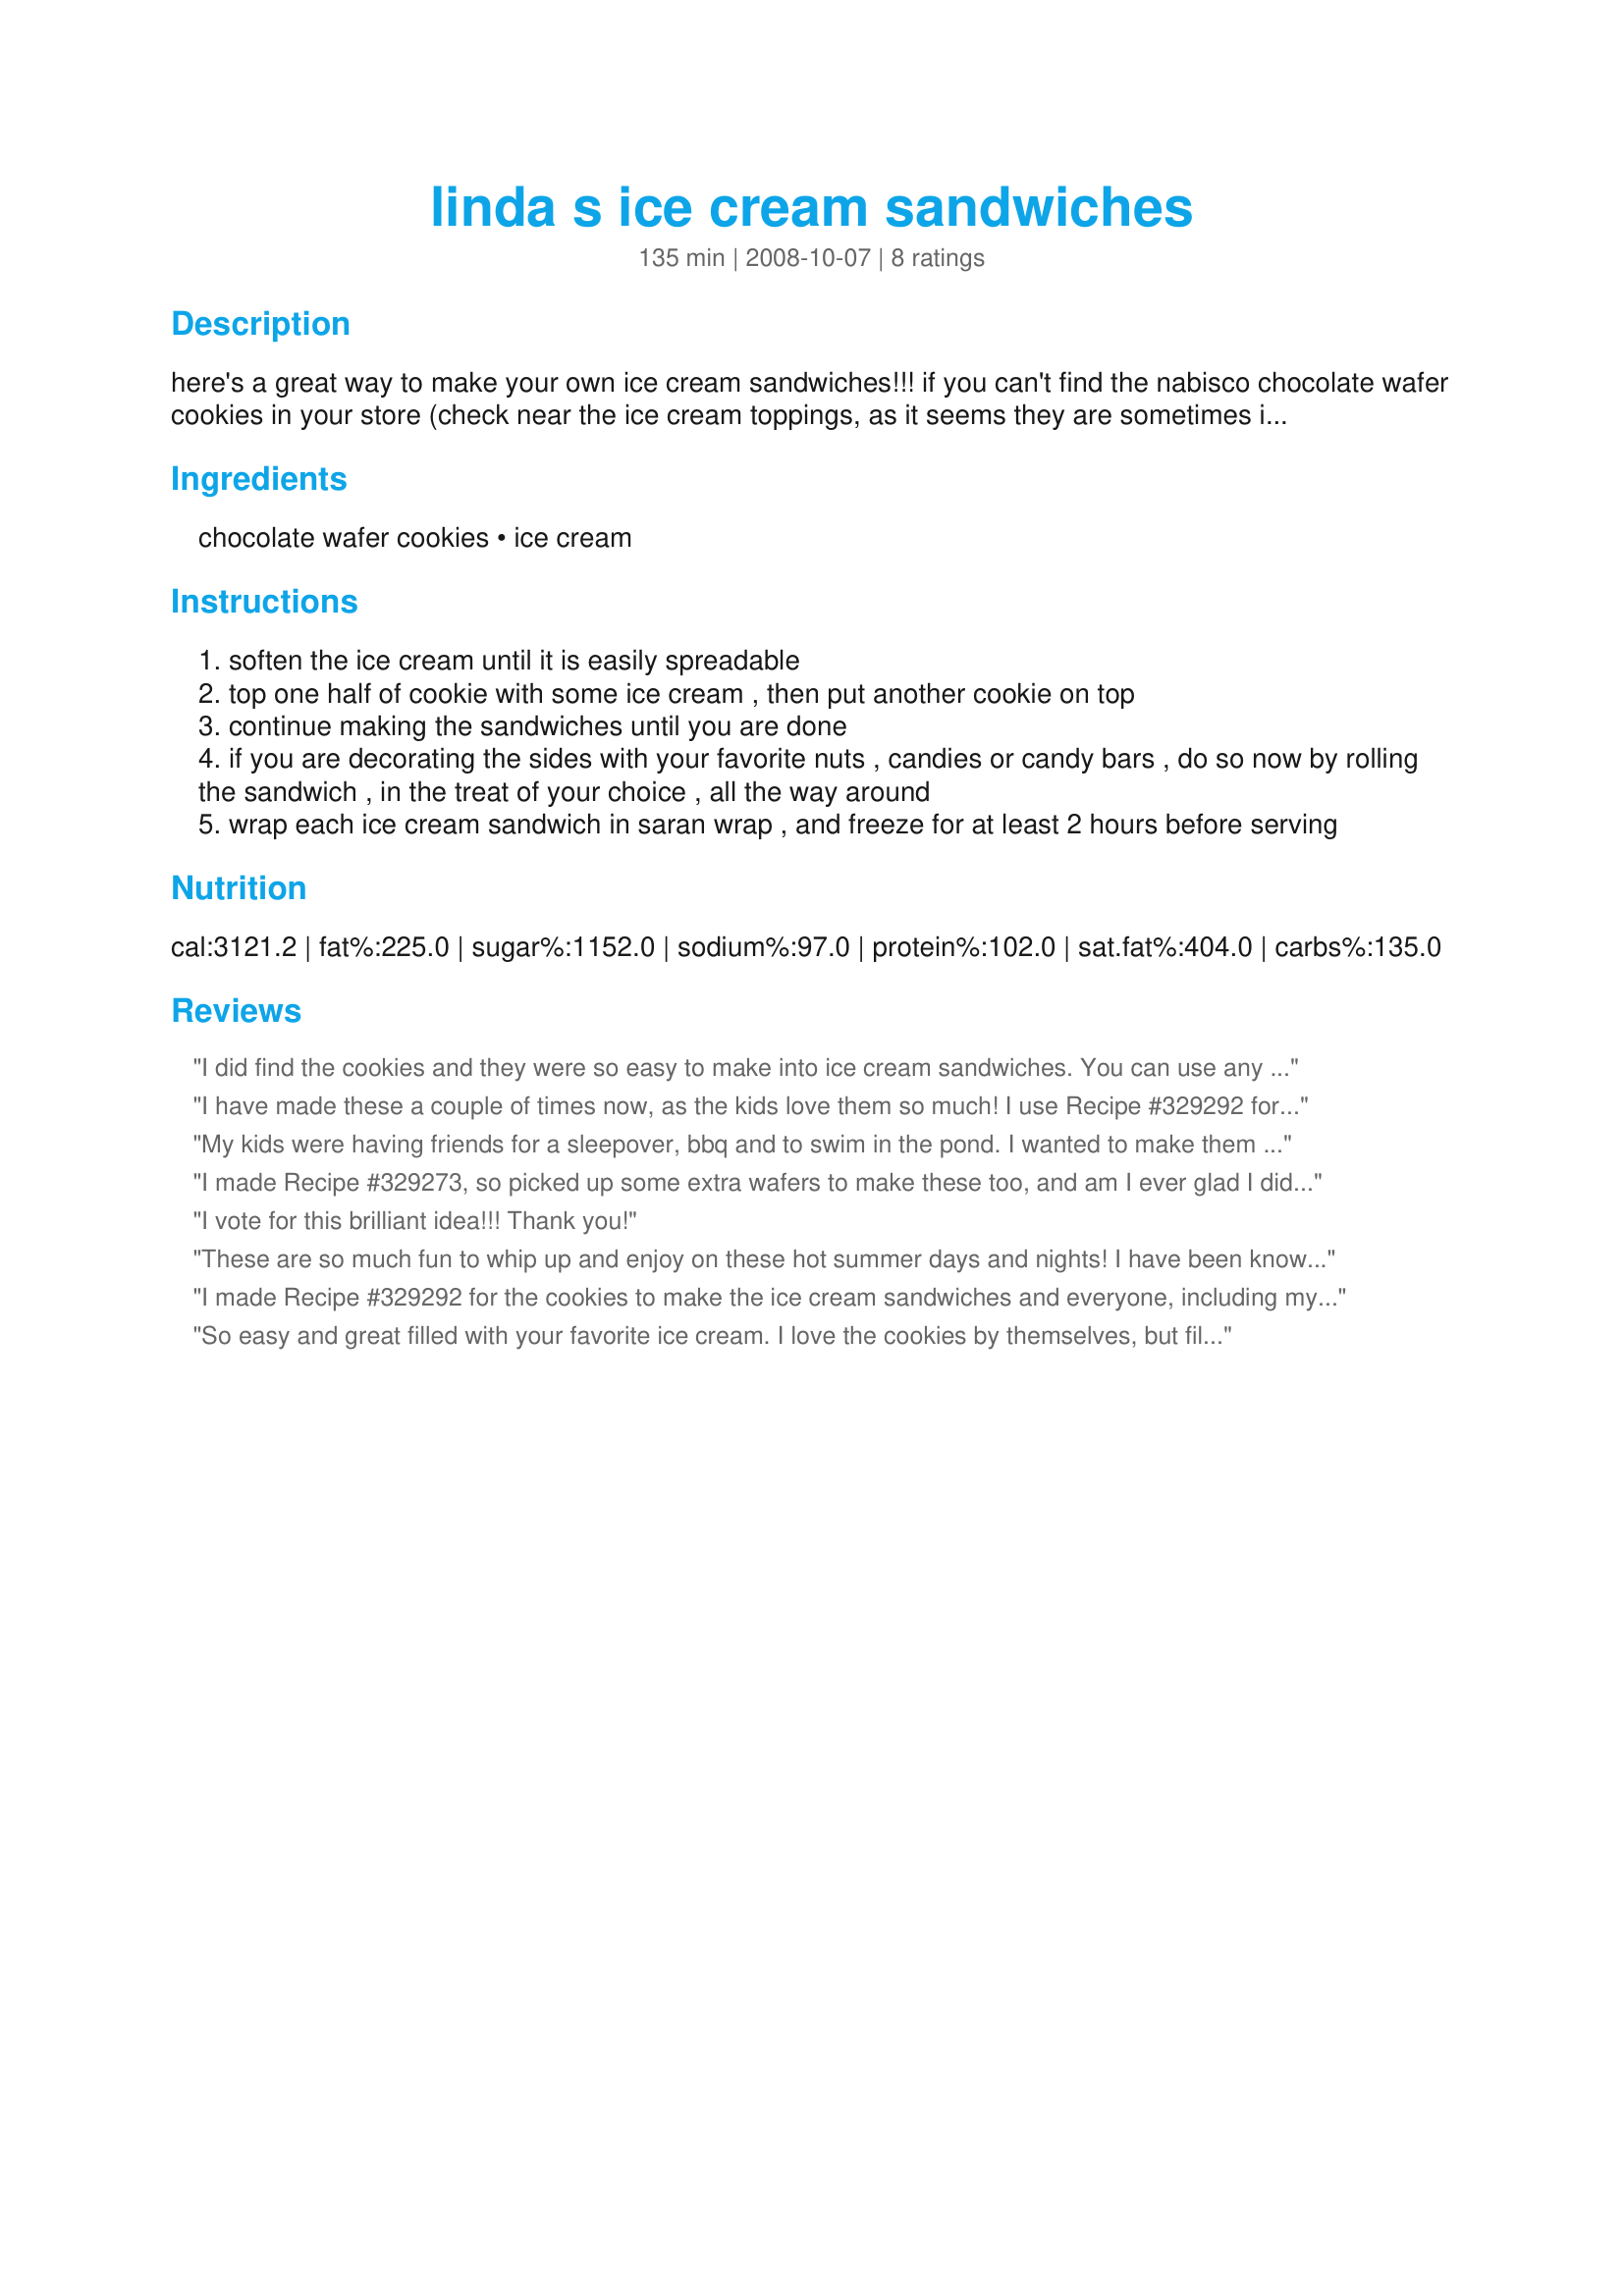
linda s ice cream sandwiches
Preparation time: 135 minutes

here's a great way to make your own ice cream sandwiches!!! if you can't find the nabisco chocolate wafer cookies in your store (check near the ice cream toppings, as it seems they are sometimes in an odd place in the store), you can use my recipe for recipe #329292, to make these yummy treats! the kids and "big kids" will be smiling ear to ear while having one of these! try rolling the finished sandwiches in mini chocolate chips, sprinkles, crushed nuts, m&m's, or your favorite candy bar, then freezing. you can also use these in making an ice cream sandwich cake for a special treat or birthday! note: preparation time does not include time to soften the ice cream. add on at least 1/2 hr. for that to your preparation time. cooking time is chilling time. make sure once you make these you let them sit in the freezer for at least 2 hours before serving, so the ice cream has a chance to harden.

Ingredients:
chocolate wafer cookies, ice cream

Steps:
soften the ice cream until it is easily spreadable
top one half of cookie with some ice cream , then put another cookie on top
continue making the sandwiches until you are done
if you are decorating the sides with your favorite nuts , candies or candy bars , do so now by rolling the sandwich , in the treat of your choice , all the way around
wrap each ice cream sandwich in saran wrap , and freeze for at least 2 hours before serving

Reviews:
I did find the cookies and they were so easy to make into ice cream sandwiches. You can use any flavor ice cream you like when you make these. I haven't found one flavor yet that I didn't like!
I have made these a couple of times now, as the kids love them so much! I use Recipe #329292 for the cookie part, and they are great! I can't keep them in the freezer! Make sure you keep them in the freezer for at least the 2 hrs. so they firm up good, before serving. These will be made real often with all us ice cream lovers here! We love dipping them in chocolate sprinkles and mini chips. Thank you!
My kids were having friends for a sleepover, bbq and to swim in the pond. I wanted to make them a quick dessert that they would enjoy in this hot weather. I found the Chocolate Wafers at the supermarket and made these up. They took about 5 minutes to prepare and then I just froze them until ready to serve after dinner. They went wild for them and asked me for another and another. After 4 a piece I told them that was enough for one night! I made some vanilla with mini chocolate chips and some vanilla, chocolate and strawberry with chocolate sprinkles. I had to try one of course and I have to admit, they were great!
I made Recipe #329273, so picked up some extra wafers to make these too, and am I ever glad I did! I made these with French Vanilla ice cream, then rolled some in crushed nuts and some in chocolate sprinkles. What a hit, especially on those hot humid days when your looking for something cold from the freezer. I will be making these often, and if I can't find more of the wafers I will make some using your recipe, cause we can't be without them this summer! Thank you for sharing!
I vote for this brilliant idea!!! Thank you!
These are so much fun to whip up and enjoy on these hot summer days and nights! I have been known to eat a few in front of the tv and out by the pool too! I make them with chocolate chip ice cream, my favorite!
I made Recipe #329292 for the cookies to make the ice cream sandwiches and everyone, including my neighbors loved these ice cream treats! We used French Vanilla ice cream for the insides then rolled in chocolate sprinkles. Great for those long hot summer days!
So easy and great filled with your favorite ice cream. I love the cookies by themselves, but filled with ice cream is awesome. I dipped the edges in finely chopped pecans and they were so good!
